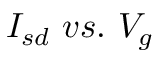
I _ { s d } \ v s . \ V _ { g }